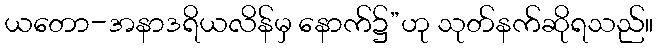
ယတော-အနာဒရိယလိန်မှ နောက်၌”ဟု သုတ်နက်ဆိုရသည်။